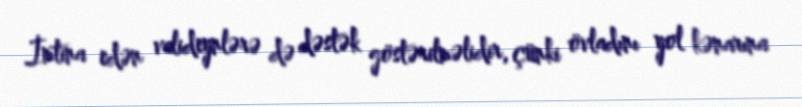
İmtina edən valideynlərə də dəstək göstərilməlidir, çünki övladını yol kənarına